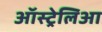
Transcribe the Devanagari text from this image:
ऑस्ट्रेलिआ